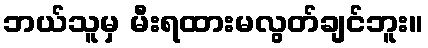
ဘယ်သူမှ မီးရထားမလွတ်ချင်ဘူး။